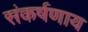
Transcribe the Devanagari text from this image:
संकर्षणाय